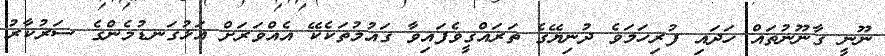
ނޫނީ ގާނޫނުތައް ހަދައި ފުރިހަމަވެ ދުނިޔޭގެ ތަރައްގީވެފައިވާ ގައުމުތަކެކޭ އެއްވަރަށް އަޅުގަނޑުމެންގެ ސަރުކާރު